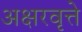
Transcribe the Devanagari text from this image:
अक्षरवृत्ते